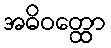
အဓိဝတ္ထော